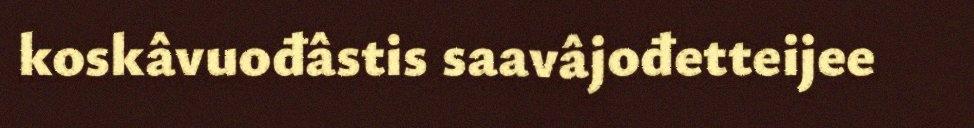
koskâvuođâstis saavâjođetteijee